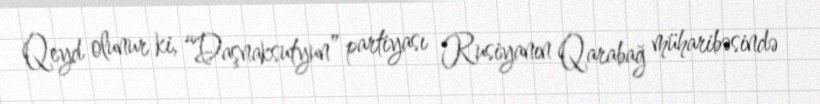
Qeyd olunur ki, “Daşnaksutyun” partiyası Rusiyanın Qarabağ müharibəsində